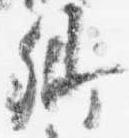
卿